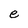
Character: e